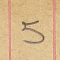
5